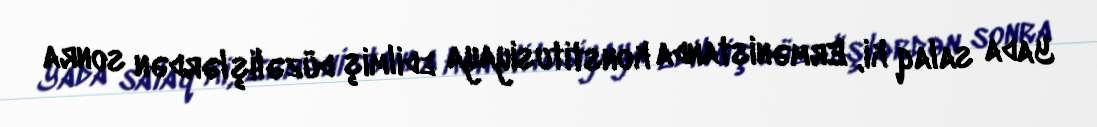
Yada salaq ki, Ermənistanda konstitusiyaya edilmiş düzəlişlərdən sonra